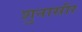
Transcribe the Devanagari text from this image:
शुनासीर